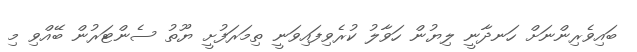
ބައިވެރިންނަށް ހަނދާނީ ލިޔުން ހަވާލު ކުރެވިފައިވަނީ ތިމަރަފުށީ ޔޫތު ސެންޓަރުން ބޭއްވި މި